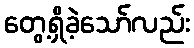
တွေ့ရှိခဲ့သော်လည်း